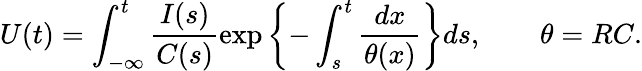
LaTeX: U(t)=\int_{-\infty}^{t}\frac{I(s)}{C(s)}\exp\left\{ -\int_{s}^{t}\frac{dx}{\theta(x)}\right\} ds,\qquad\theta=RC.